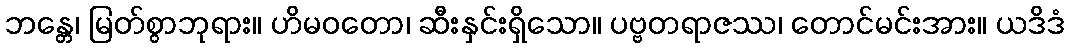
ဘန္တေ၊ မြတ်စွာဘုရား။ ဟိမဝတော၊ ဆီးနှင်းရှိသော။ ပဗ္ဗတရာဇဿ၊ တောင်မင်းအား။ ယဒိဒံ